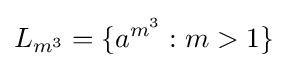
L_{m^{3}}=\{a^{m^{3}}:m>1\}